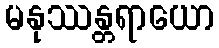
မနုဿန္တရာယော